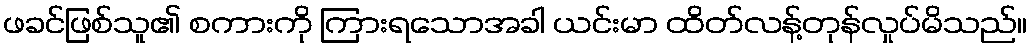
ဖခင်ဖြစ်သူ၏ စကားကို ကြားရသောအခါ ယင်းမာ ထိတ်လန့်တုန်လှုပ်မိသည်။